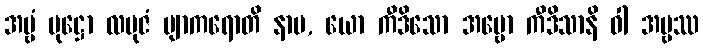
အမ္ဗံ ပုဋ္ဌော လဗုဇံ ဗျာကရောတိ နာမ, ယော ကီဒိသော အမ္ဗော ကီဒိသာနိ ဝါ အမ္ဗဿ